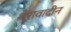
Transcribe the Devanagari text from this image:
थेरावादीन